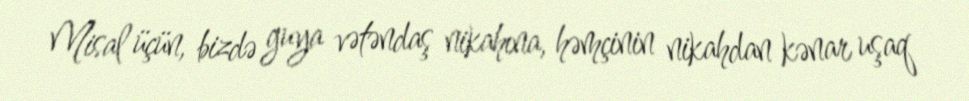
Misal üçün, bizdə guya vətəndaş nikahına, həmçinin nikahdan kənar uşaq